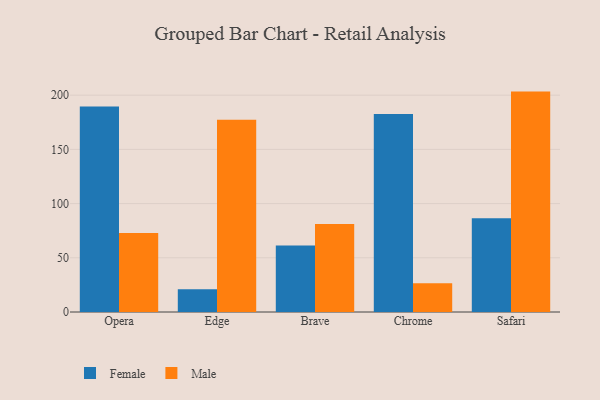
{"axis": {"x": "Browser", "y": "Active Users"}, "legend": ["Female", "Male"], "data": [{"x": "Opera", "y": 189.6, "type": "Female"}, {"x": "Opera", "y": 72.8, "type": "Male"}, {"x": "Edge", "y": 20.9, "type": "Female"}, {"x": "Edge", "y": 177.3, "type": "Male"}, {"x": "Brave", "y": 61.3, "type": "Female"}, {"x": "Brave", "y": 81.2, "type": "Male"}, {"x": "Chrome", "y": 182.6, "type": "Female"}, {"x": "Chrome", "y": 26.6, "type": "Male"}, {"x": "Safari", "y": 86.4, "type": "Female"}, {"x": "Safari", "y": 203.3, "type": "Male"}]}